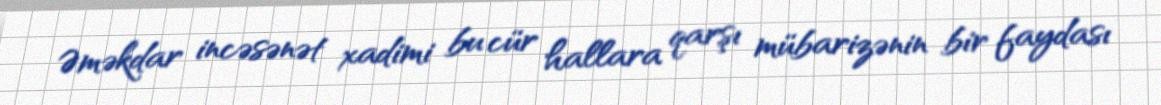
Əməkdar incəsənət xadimi bu cür hallara qarşı mübarizənin bir faydası